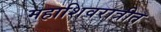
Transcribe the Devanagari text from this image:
महाशिवरात्रीत